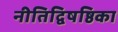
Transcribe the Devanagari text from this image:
नीतिद्विषष्ठिका